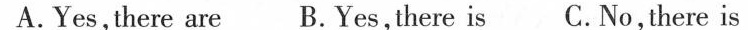
A.Yes,there are B.Yes,there is C.No,there is